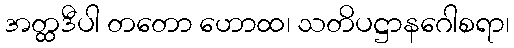
အတ္ထဒီပါ တတော ဟောထ၊ သတိပဋ္ဌာနဂေါစရာ၊